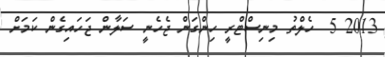
2013 5  ހެލްތު މިނިސްޓްރީ ހިންގަން ޖެހެނީ ސަލާން ޖަހައިގެން ކަމަށް